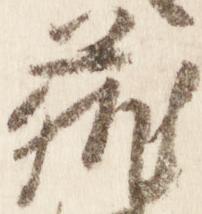
蔵